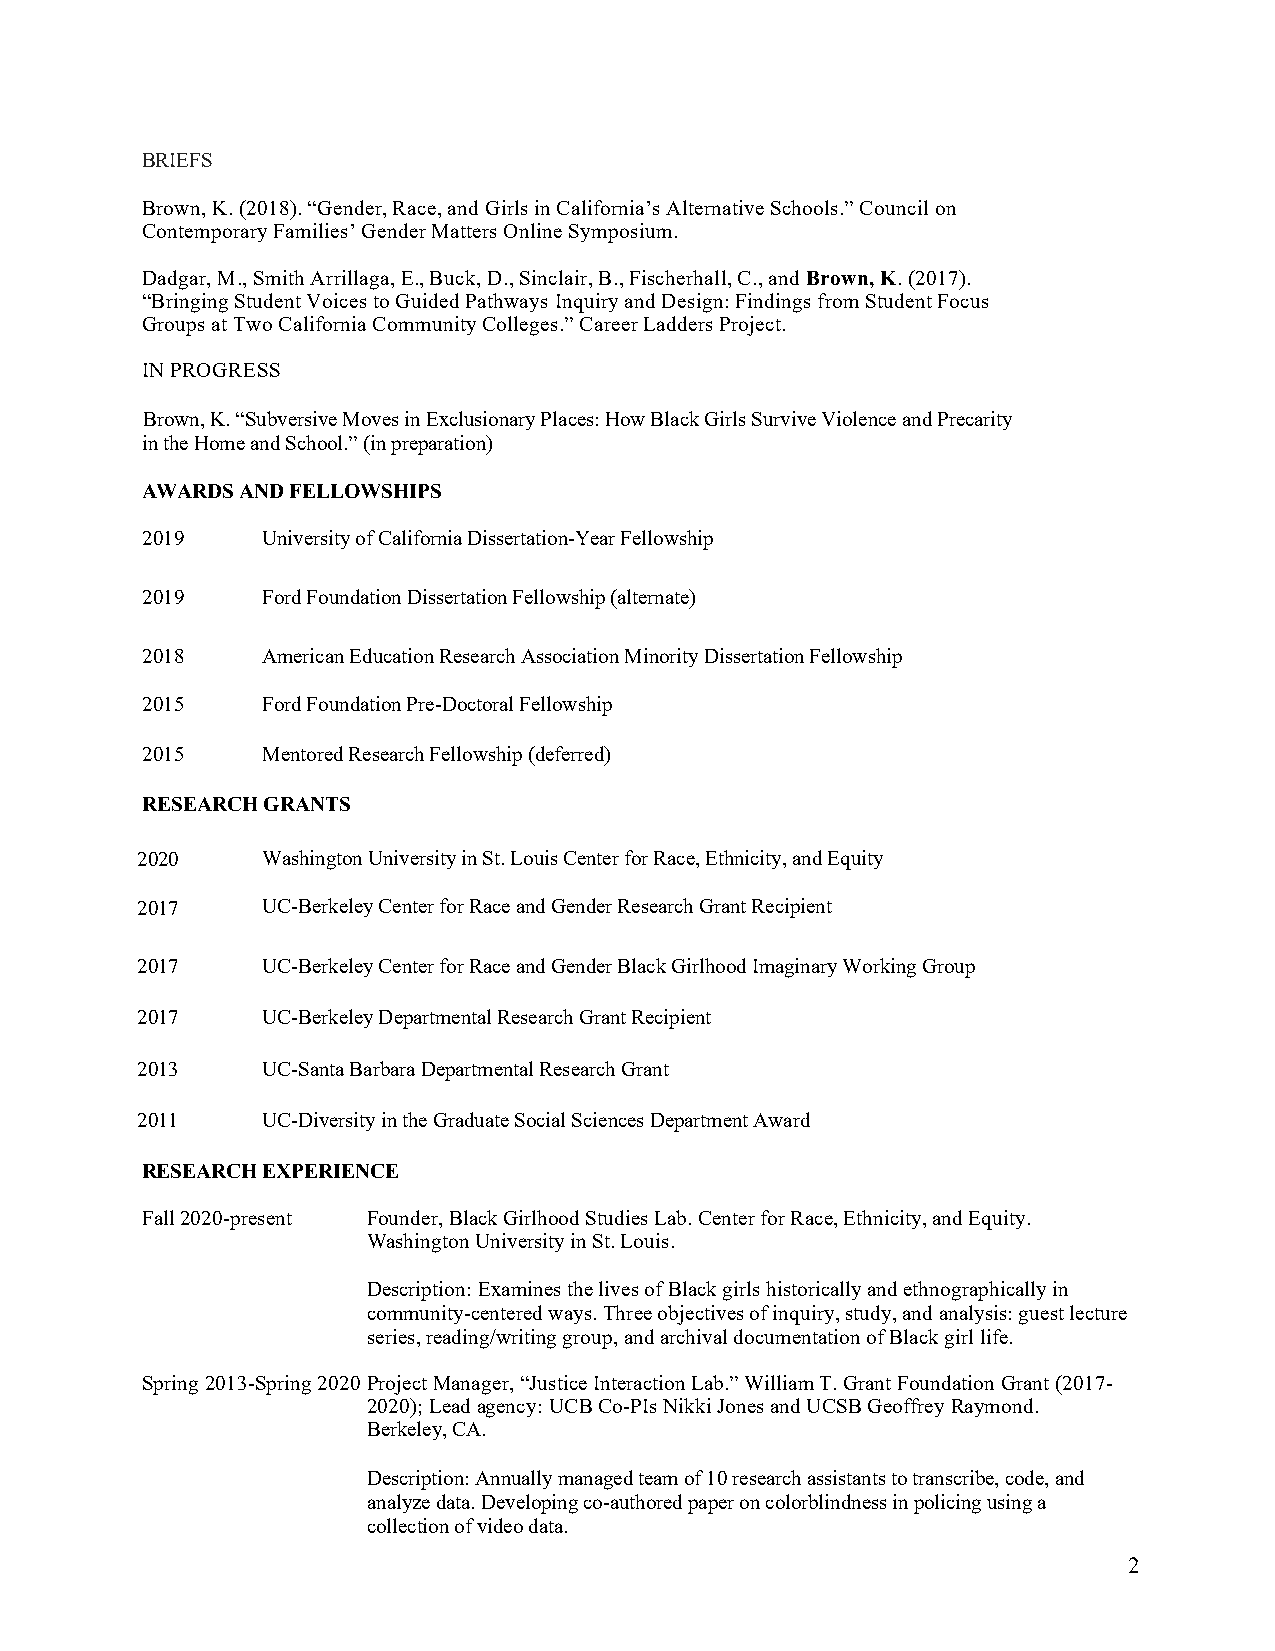
BRIEFS
 Brown, K. (2018). “Gender, Race, and Girls in California’s Alternative Schools.” Council on
 Contemporary Families’ Gender Matters Online Symposium.
 Dadgar, M., Smith Arrillaga, E., Buck, D., Sinclair, B., Fischerhall, C., and Brown, K. (2017).
 “Bringing Student Voices to Guided Pathways Inquiry and Design: Findings from Student Focus
 Groups at Two California Community Colleges.” Career Ladders Project.
 IN PROGRESS
 Brown, K. “Subversive Moves in Exclusionary Places: How Black Girls Survive Violence and Precarity
 in the Home and School.” (in preparation)
 AWARDS AND FELLOWSHIPS
 2019    University of California Dissertation-Year Fellowship
 2019    Ford Foundation Dissertation Fellowship (alternate)
 2018    American Education Research Association Minority Dissertation Fellowship
 2015    Ford Foundation Pre-Doctoral Fellowship
 2015    Mentored Research Fellowship (deferred)
 RESEARCH GRANTS
 2020    Washington University in St. Louis Center for Race, Ethnicity, and Equity
 2017    UC-Berkeley Center for Race and Gender Research Grant Recipient
 2017    UC-Berkeley Center for Race and Gender Black Girlhood Imaginary Working Group
 2017    UC-Berkeley Departmental Research Grant Recipient
 2013    UC-Santa Barbara Departmental Research Grant
 2011    UC-Diversity in the Graduate Social Sciences Department Award
 RESEARCH EXPERIENCE
 Fall 2020-present Founder, Black Girlhood Studies Lab. Center for Race, Ethnicity, and Equity.
 Washington University in St. Louis.
 Description: Examines the lives of Black girls historically and ethnographically in
 community-centered ways. Three objectives of inquiry, study, and analysis: guest lecture
 series, reading/writing group, and archival documentation of Black girl life.
 Spring 2013-Spring 2020 Project Manager, “Justice Interaction Lab.” William T. Grant Foundation Grant (2017-
 2020); Lead agency: UCB Co-PIs Nikki Jones and UCSB Geoffrey Raymond.
 Berkeley, CA.
 Description: Annually managed team of 10 research assistants to transcribe, code, and
 analyze data. Developing co-authored paper on colorblindness in policing using a
 collection of video data.
 2